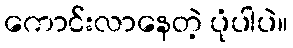
ကောင်းလာနေတဲ့ ပုံပါပဲ။